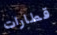
قطارات